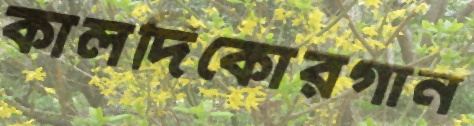
কালদিকোরগান